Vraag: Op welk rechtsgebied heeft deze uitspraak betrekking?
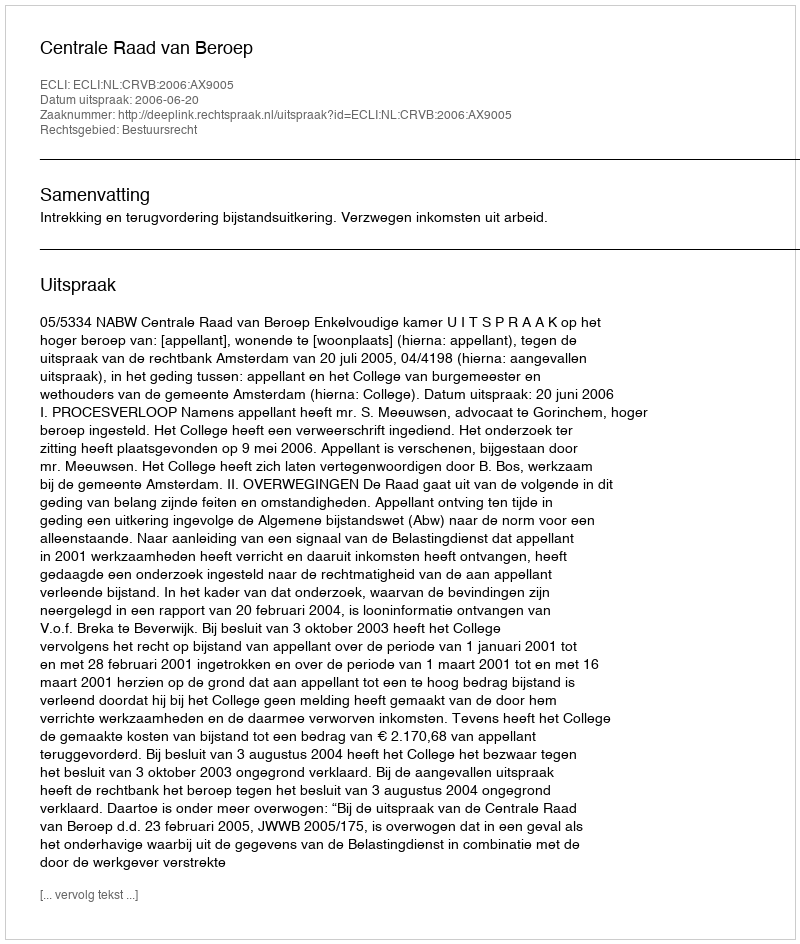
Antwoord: Bestuursrecht